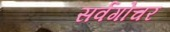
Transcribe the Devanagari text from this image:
सर्वगोचर